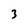
Character: 3